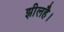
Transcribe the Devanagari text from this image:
झीलहै।